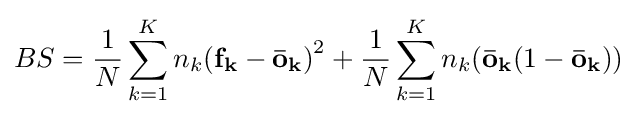
BS={\frac {1}{N}}\sum \limits _{k=1}^{K}{n_{k}(\mathbf {f_{k}} -\mathbf {\bar {o}} _{\mathbf {k} })}^{2}+{\frac {1}{N}}\sum \limits _{k=1}^{K}{n_{k}(\mathbf {{\bar {o}}_{k}} (1-\mathbf {{\bar {o}}_{k}} }))